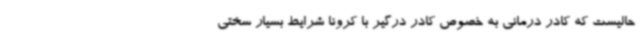
حالیست که کادر درمانی به خصوص کادر درگیر با کرونا شرایط بسیار سختی